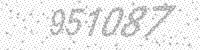
Solution: 951087